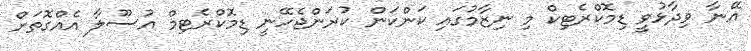
އޭނާ ވިދާޅުވީ ޑިމޮކްރެޓިކް މި ނިޒާމުގައި ކަންކަން ކުރަންޖެހޭނީ ޑިމޮކްރެޓިމް އުސޫލާ އެއްގޮތަށް